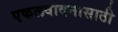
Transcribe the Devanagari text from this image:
एकलवादनासाठी